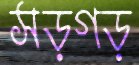
সড়গড়